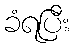
ခံရပြီး